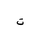
Letter: _ta